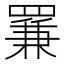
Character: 𦋰